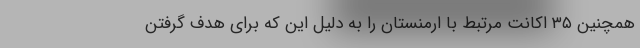
همچنین ۳۵ اکانت مرتبط با ارمنستان را به دلیل این که برای هدف گرفتن